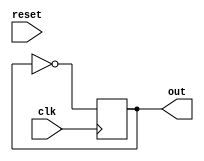
module phase_module(input clk,reset, output out); //instanciar modulo

reg out = 0;      //establece variables a usar y asigna valores

always @ (posedge clk)
  begin
    out <= ~out;      //niega y asigna out
  end

endmodule